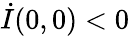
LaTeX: \dot{I}(0,0)<0